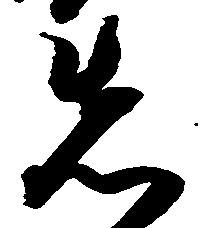
先